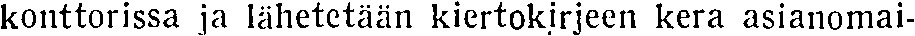
konttorissa ja lähetetään kiertokirjeen kera asianomai-